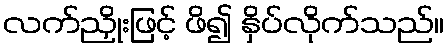
လက်ညှိုးဖြင့် ဖိ၍ နှိပ်လိုက်သည်။